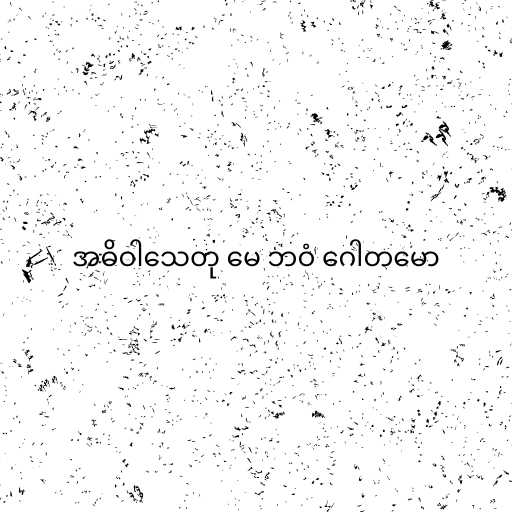
အဓိဝါသေတု မေ ဘဝံ ဂေါတမော